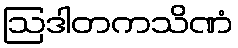
ဩဒါတကသိဏံ